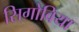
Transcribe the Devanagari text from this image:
सिगोविया